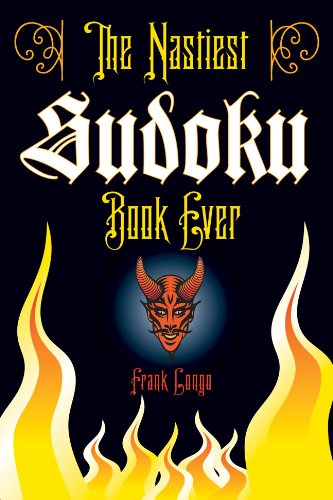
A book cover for The Nastiest Sudoku Book Ever; Frank Longo; Humor & Entertainment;